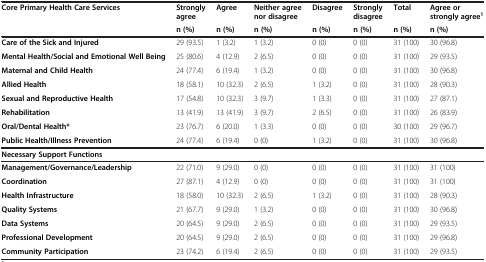
<table><thead><tr><td><b>Core Primary Health Care Services</b></td><td><b>Strongly agree</b></td><td><b>Agree</b></td><td><b>Neither agree nor disagree</b></td><td><b>Disagree</b></td><td><b>Strongly disagree</b></td><td><b>Total</b></td><td><b>Agree or strongly agree<sup>1</sup></b></td></tr><tr><td><b> </b></td><td><b>n (%)</b></td><td><b>n (%)</b></td><td><b>n (%)</b></td><td><b>n (%)</b></td><td><b>n (%)</b></td><td><b>n (%)</b></td><td><b>n (%)</b></td></tr></thead><tbody><tr><td><b>Care of the Sick and Injured</b></td><td>29 (93.5)</td><td>1 (3.2)</td><td>1 (3.2)</td><td>0 (0)</td><td>0 (0)</td><td>31 (100)</td><td>30 (96.8)</td></tr><tr><td><b>Mental Health/Social and Emotional Well Being</b></td><td>25 (80.6)</td><td>4 (12.9)</td><td>2 (6.5)</td><td>0 (0)</td><td>0 (0)</td><td>31 (100)</td><td>29 (93.5)</td></tr><tr><td><b>Maternal and Child Health</b></td><td>24 (77.4)</td><td>6 (19.4)</td><td>1 (3.2)</td><td>0 (0)</td><td>0 (0)</td><td>31 (100)</td><td>30 (96.8)</td></tr><tr><td><b>Allied Health</b></td><td>18 (58.1)</td><td>10 (32.3)</td><td>2 (6.5)</td><td>1 (3.2)</td><td>0 (0)</td><td>31 (100)</td><td>28 (90.3)</td></tr><tr><td><b>Sexual and Reproductive Health</b></td><td>17 (54.8)</td><td>10 (32.3)</td><td>3 (9.7)</td><td>1 (3.3)</td><td>0 (0)</td><td>31 (100)</td><td>27 (87.1)</td></tr><tr><td><b>Rehabilitation</b></td><td>13 (41.9)</td><td>13 (41.9)</td><td>3 (9.7)</td><td>2 (6.5)</td><td>0 (0)</td><td>31 (100)</td><td>26 (83.9)</td></tr><tr><td><b>Oral/Dental Health*</b></td><td>23 (76.7)</td><td>6 (20.0)</td><td>1 (3.3)</td><td>0 (0)</td><td>0 (0)</td><td>30 (100)</td><td>29 (96.7)</td></tr><tr><td><b>Public Health/Illness Prevention</b></td><td>24 (77.4)</td><td>6 (19.4)</td><td>0 (0)</td><td>1 (3.2)</td><td>0 (0)</td><td>31 (100)</td><td>30 (96.8)</td></tr><tr><td><b>Necessary Support Functions</b></td><td> </td><td> </td><td> </td><td> </td><td> </td><td> </td><td> </td></tr><tr><td><b>Management/Governance/Leadership</b></td><td>22 (71.0)</td><td>9 (29.0)</td><td>0 (0)</td><td>0 (0)</td><td>0 (0)</td><td>31 (100)</td><td>31 (100)</td></tr><tr><td><b>Coordination</b></td><td>27 (87.1)</td><td>4 (12.9)</td><td>0 (0)</td><td>0 (0)</td><td>0 (0)</td><td>31 (100)</td><td>31 (100)</td></tr><tr><td><b>Health Infrastructure</b></td><td>18 (58.0)</td><td>10 (32.3)</td><td>2 (6.5)</td><td>1 (3.2)</td><td>0 (0)</td><td>31 (100)</td><td>28 (90.3)</td></tr><tr><td><b>Quality Systems</b></td><td>21 (67.7)</td><td>9 (29.0)</td><td>1 (3.2)</td><td>0 (0)</td><td>0 (0)</td><td>31 (100)</td><td>30 (96.8)</td></tr><tr><td><b>Data Systems</b></td><td>20 (64.5)</td><td>9 (29.0)</td><td>2 (6.5)</td><td>0 (0)</td><td>0 (0)</td><td>31 (100)</td><td>29 (93.5)</td></tr><tr><td><b>Professional Development</b></td><td>20 (64.5)</td><td>9 (29.0)</td><td>2 (6.5)</td><td>0 (0)</td><td>0 (0)</td><td>31 (100)</td><td>29 (96.8)</td></tr><tr><td><b>Community Participation</b></td><td>23 (74.2)</td><td>6 (19.4)</td><td>2 (6.5)</td><td>0 (0)</td><td>0 (0)</td><td>31 (100)</td><td>29 (93.5)</td></tr></tbody></table>